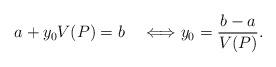
LaTeX: \begin{align*}a+ y_0 V(P)=b \quad\Longleftrightarrow y_0= \frac{b-a}{V(P)} . \end{align*}